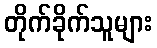
တိုက်ခိုက်သူများ